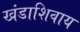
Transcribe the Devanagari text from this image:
खंडाशिवाय